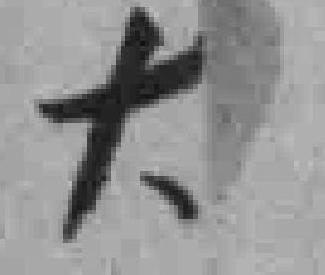
大